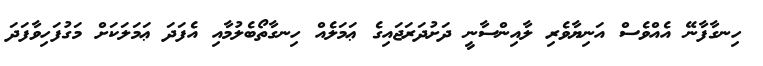
ހިނގާފާނޭ އެއްވެސް އަނިޔާވެރި ލާއިންސާނީ ދަށުދަރަޖައިގެ ޢަމަލެއް ހިނގާތޯބެލުމާއި އެފަދަ ޢަމަލަކަށް މަގުފަހިވާފަދަ